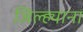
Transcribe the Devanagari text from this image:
जिल्ह्याना